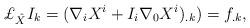
LaTeX: \begin{align*}{\pounds}_{\hat{X}}I_{k}=(\nabla_{i} X^{i}+I_{i}\nabla_{0}X^{i})_{.k})=f_{.k},\end{align*}